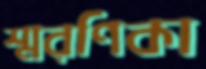
স্মরণিকা